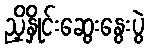
ညှိနှိုင်းဆွေးနွေးပွဲ